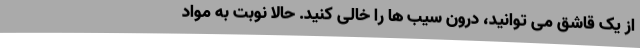
از یک قاشق می توانید، درون سیب ها را خالی کنید. حالا نوبت به مواد